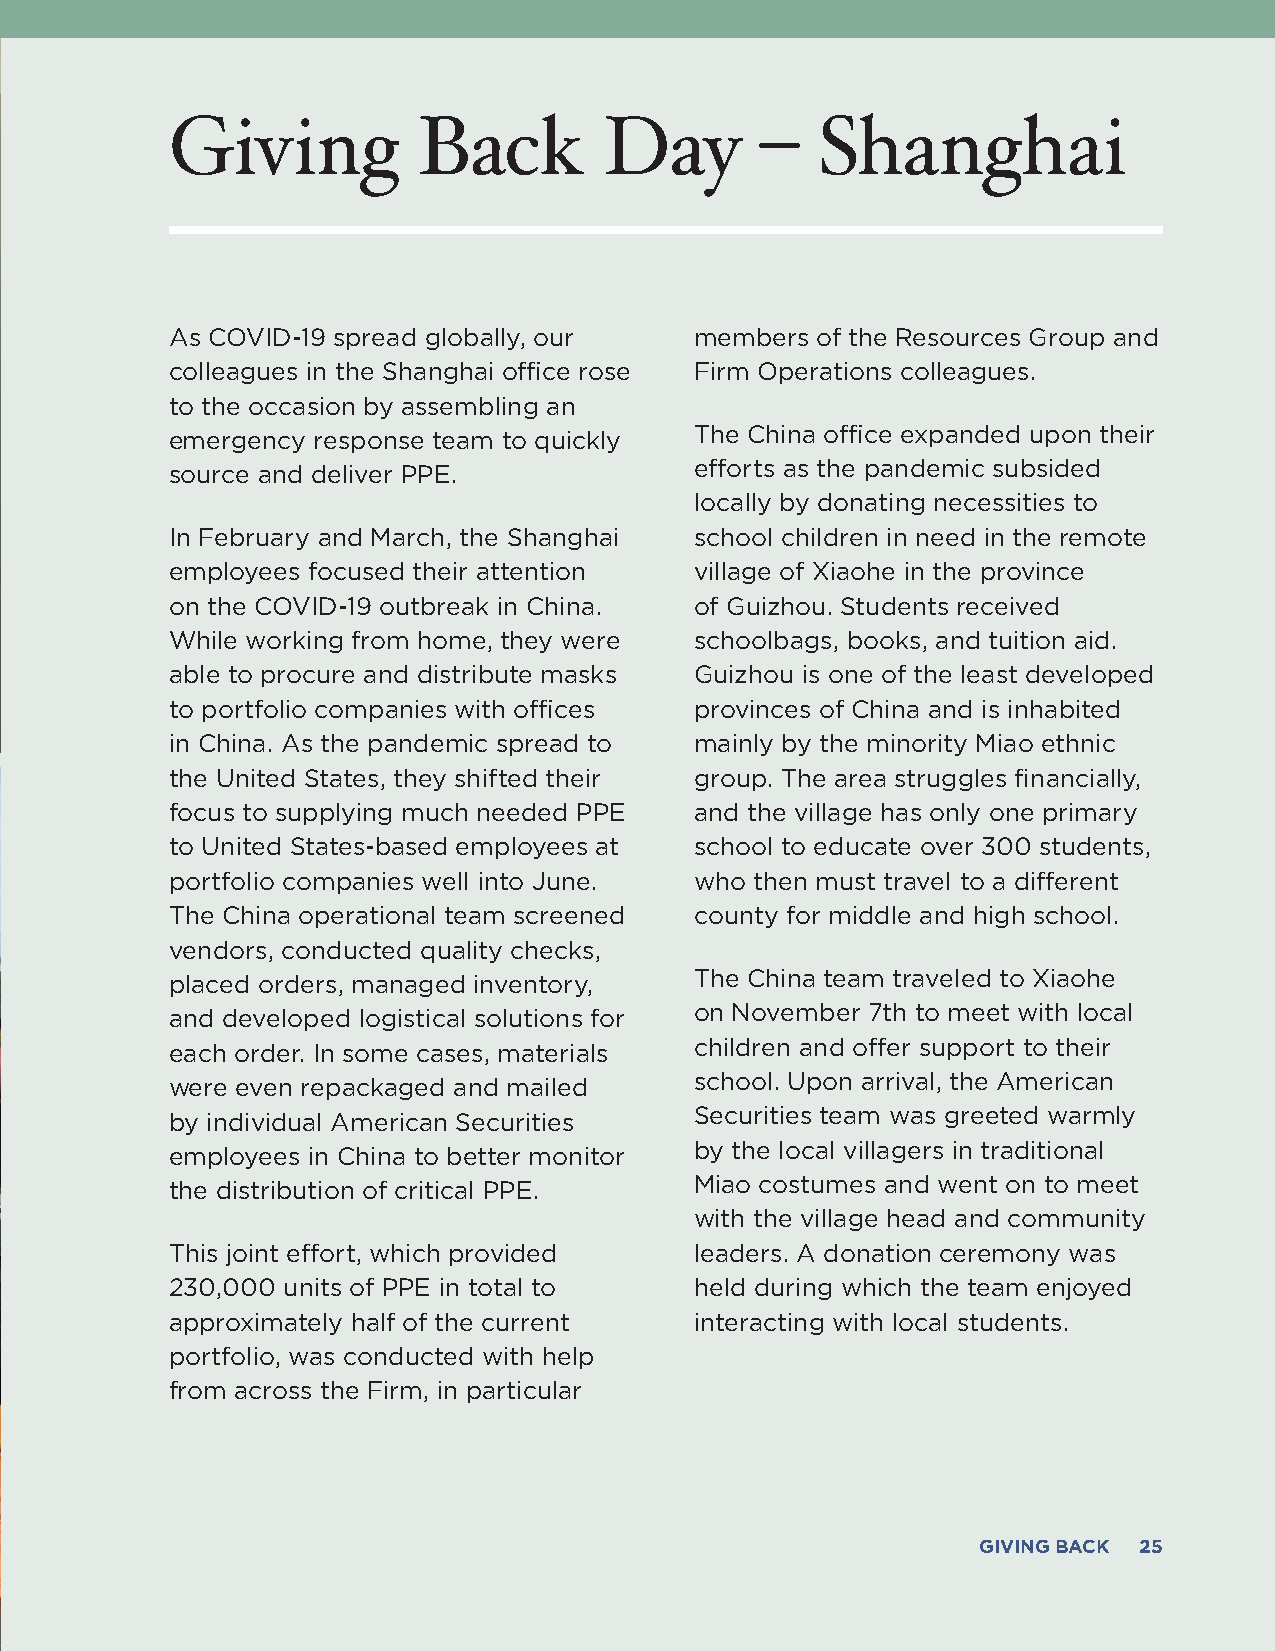
Giving           Back        Day       –   Shanghai
 As COVID-19 spread globally, our   members of the Resources Group and
 colleagues in the Shanghai office rose Firm Operations colleagues.
 to the occasion by assembling an
 emergency response team to quickly The China office expanded upon their
 source and deliver PPE.            efforts as the pandemic subsided
 locally by donating necessities to
 In February and March, the Shanghai school children in need in the remote
 employees focused their attention  village of Xiaohe in the province
 on the COVID-19 outbreak in China. of Guizhou. Students received
 While working from home, they were schoolbags, books, and tuition aid.
 able to procure and distribute masks Guizhou is one of the least developed
 to portfolio companies with offices provinces of China and is inhabited
 in China. As the pandemic spread to mainly by the minority Miao ethnic
 the United States, they shifted their group. The area struggles financially,
 focus to supplying much needed PPE and the village has only one primary
 to United States-based employees at school to educate over 300 students,
 portfolio companies well into June. who then must travel to a different
 The China operational team screened county for middle and high school.
 vendors, conducted quality checks,
 placed orders, managed inventory,  The China team traveled to Xiaohe
 and developed logistical solutions for on November 7th to meet with local
 each order. In some cases, materials children and offer support to their
 were even repackaged and mailed    school. Upon arrival, the American
 by individual American Securities  Securities team was greeted warmly
 employees in China to better monitor by the local villagers in traditional
 the distribution of critical PPE.  Miao costumes and went on to meet
 with the village head and community
 This joint effort, which provided  leaders. A donation ceremony was
 230,000 units of PPE in total to   held during which the team enjoyed
 approximately half of the current  interacting with local students.
 portfolio, was conducted with help
 from across the Firm, in particular
 GIVING BACK 25